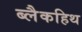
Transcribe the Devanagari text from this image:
ब्लैकहिथ